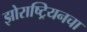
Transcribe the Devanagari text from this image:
झोराष्ट्रियनचा